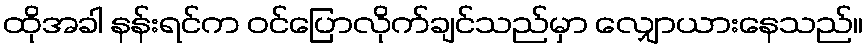
ထိုအခါ နန်းရင်က ဝင်ပြောလိုက်ချင်သည်မှာ လျှောယားနေသည်။